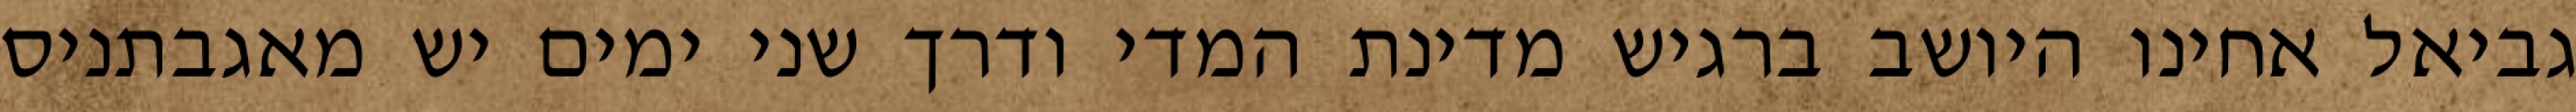
גביאל אחינו היושב ברגיש מדינת המדי ודרך שני ימים יש מאגבתניס